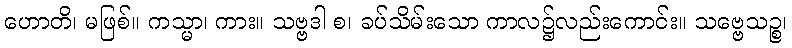
ဟောတိ၊ မဖြစ်။ ကသ္မာ၊ ကား။ သဗ္ဗဒါ စ၊ ခပ်သိမ်းသော ကာလ၌လည်းကောင်း။ သဗ္ဗေသဉ္စ၊